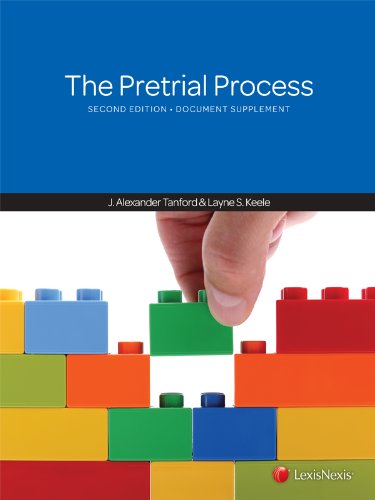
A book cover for The Pretrial Process, 2012 Document Supplement; J. Alexander Tanford; Law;